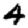
Digit: 4